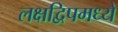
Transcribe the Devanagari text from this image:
लक्षद्विपमध्ये